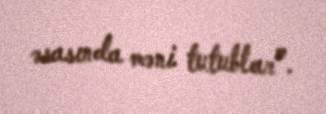
əsasında məni tutublar”.